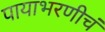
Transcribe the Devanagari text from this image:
पायाभरणीचं